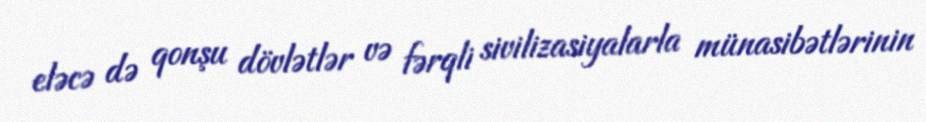
eləcə də qonşu dövlətlər və fərqli sivilizasiyalarla münasibətlərinin